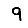
Digit: 9